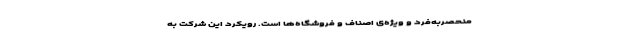
منحصر‌به‌فرد و ویژه‌ی اصناف و فروشگاه‌ها است. رویکرد این شرکت به‌